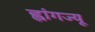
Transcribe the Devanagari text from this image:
ह्वांगज्यू